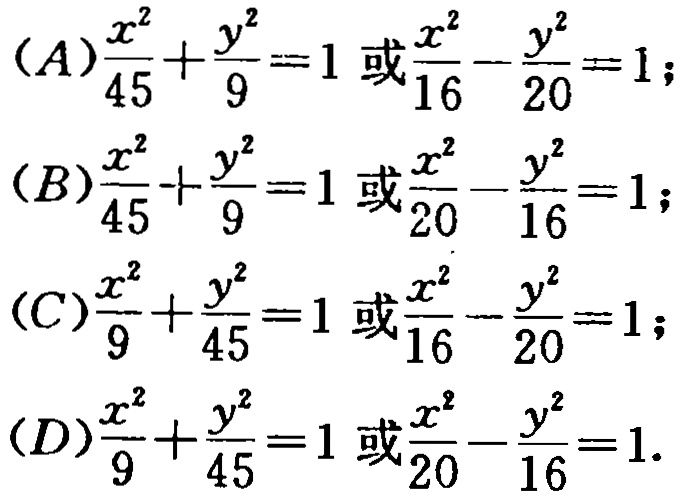
\((A)\frac{x^{2}}{45}+\frac{y^{2}}{9}=1\text{ 或 }\frac{x^{2}}{16}-\frac{y^{2}}{20}=1;\)

\((B)\frac{x^{2}}{45}+\frac{y^{2}}{9}=1\text{ 或 }\frac{x^{2}}{20}-\frac{y^{2}}{16}=1;\)

\((C)\frac{x^{2}}{9}+\frac{y^{2}}{45}=1\text{ 或 }\frac{x^{2}}{16}-\frac{y^{2}}{20}=1;\)

\((D)\frac{x^{2}}{9}+\frac{y^{2}}{45}=1\text{ 或 }\frac{x^{2}}{20}-\frac{y^{2}}{16}=1.\)